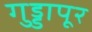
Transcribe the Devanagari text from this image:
गुड्डापूर